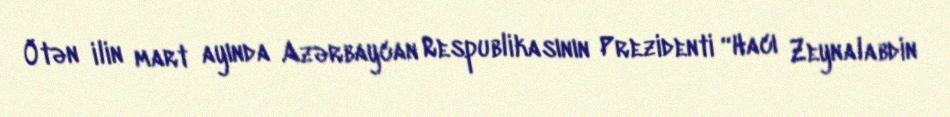
Ötən ilin mart ayında Azərbaycan Respublikasının Prezidenti “Hacı Zeynalabdin